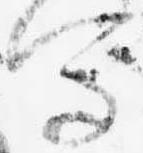
写